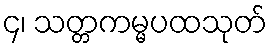
၄၊ သတ္တကမ္မပထသုတ်